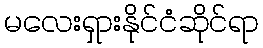
မလေးရှားနိုင်ငံဆိုင်ရာ